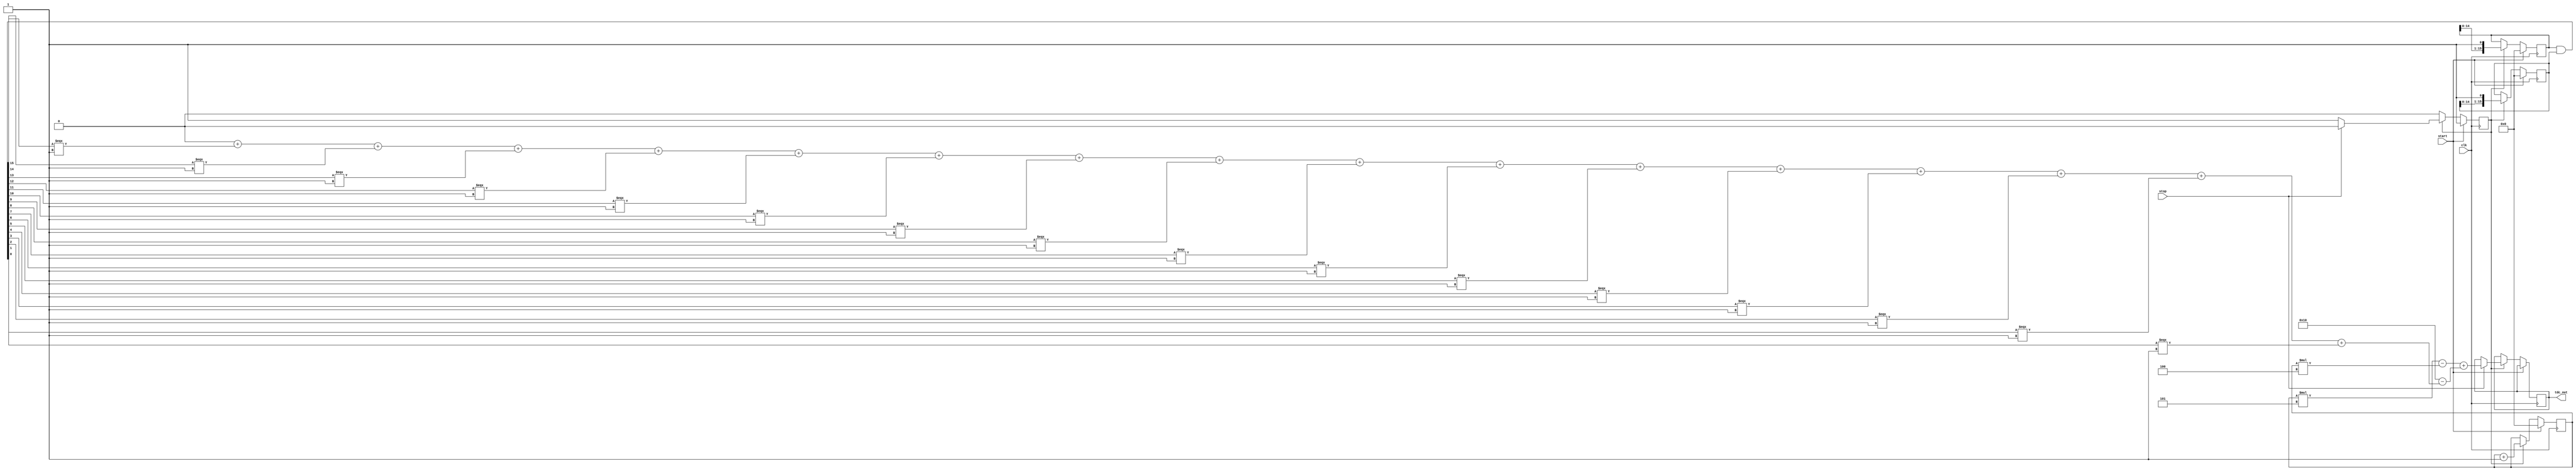
module TDC_Vernier_Delay_Line (
    input wire clk,          // System clock
    input wire start,        // Start signal
    input wire stop,         // Stop signal
    output reg [15:0] tdc_out // Digital output representing time interval
);

    // Parameters for delay lines
    parameter DELAY_A = 5; // Delay per stage for Delay Line A
    parameter DELAY_B = 4; // Delay per stage for Delay Line B
    parameter NUM_STAGES = 16; // Number of stages in delay lines

    // Delay line registers
    reg [NUM_STAGES-1:0] delay_line_a;
    reg [NUM_STAGES-1:0] delay_line_b;

    // Counter for clock cycles
    reg [15:0] counter;
    reg measuring;

    // State machine for TDC operation
    always @(posedge clk) begin
        if (start) begin
            // Reset counter and delay lines on start signal
            counter <= 0;
            delay_line_a <= 0;
            delay_line_b <= 0;
            measuring <= 1; // Start measuring
        end else if (measuring) begin
            // Increment counter while measuring
            counter <= counter + 1;

            // Update delay lines based on the clock cycles
            delay_line_a <= {delay_line_a[NUM_STAGES-2:0], 1'b1}; // Shift in a new pulse
            delay_line_b <= {delay_line_b[NUM_STAGES-2:0], 1'b1}; // Shift in a new pulse

            // Check for stop signal
            if (stop) begin
                measuring <= 0; // Stop measuring
                // Sample the delay lines and calculate the time difference
                tdc_out <= (counter * DELAY_A) - (counter * DELAY_B) + 
                            (NUM_STAGES - $countones(delay_line_a & delay_line_b));
            end
        end
    end

    // Function to count the number of 1's in a vector
    function integer $countones;
        input [NUM_STAGES-1:0] vec;
        integer i;
        begin
            $countones = 0;
            for (i = 0; i < NUM_STAGES; i = i + 1) begin
                if (vec[i]) $countones = $countones + 1;
            end
        end
    endfunction

endmodule